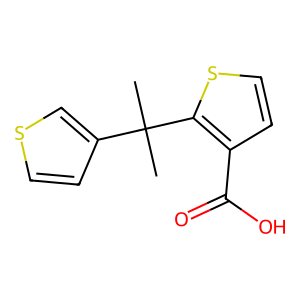
SMILES: CC(C)(c1ccsc1)c1sccc1C(=O)O
Inhibits HIV replication: No